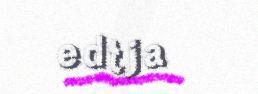
edtja